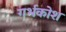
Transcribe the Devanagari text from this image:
गर्भकोश